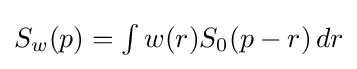
{\textstyle S_{w}(p)=\int w(r)S_{0}(p-r)\,dr}